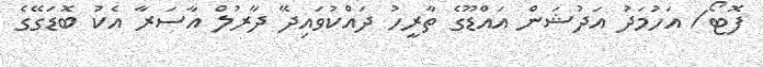
ފޮޓޯ/ އަހުމަދު އަދުޝަން އައްޑޫގެ ތާރީހު ދައްކުވައިދޭ ދާރުލް އާސަރާ އެކު ބޮޑަގޭގެ